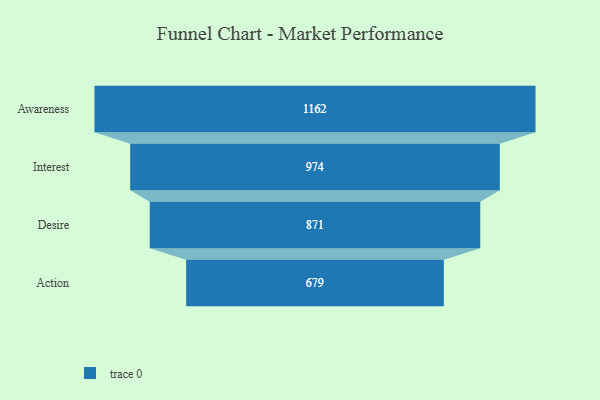
{"axis": {"x": "Stage", "y": "Value"}, "legend": [""], "data": [{"x": "Awareness", "y": 1162.0, "type": ""}, {"x": "Interest", "y": 974.0, "type": ""}, {"x": "Desire", "y": 871.0, "type": ""}, {"x": "Action", "y": 679.0, "type": ""}]}